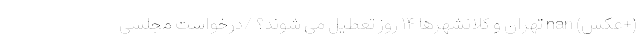
(+عکس) nan تهران و کلانشهرها ۱۴ روز تعطیل می شوند؟ /درخواست مجلسی